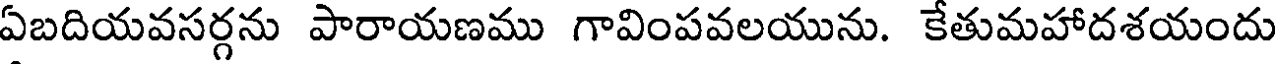
ఏబదియవసర్గను పారాయణము గావింపవలయును. కేతుమహాదశయందు